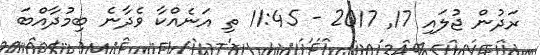
ރަދުން ޖުލައި 17